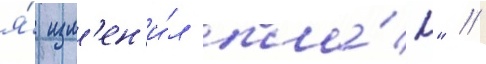
я́ изм'ен'и́л пла́н" //